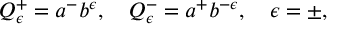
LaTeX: Q _ { \epsilon } ^ { + } = a ^ { - } b ^ { \epsilon } , \quad Q _ { \epsilon } ^ { - } = a ^ { + } b ^ { - \epsilon } , \quad \epsilon = \pm ,